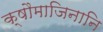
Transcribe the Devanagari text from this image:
क्षौमाजिनानि